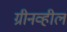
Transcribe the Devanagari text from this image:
ग्रीनव्हील